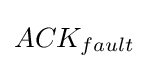
ACK_{fault}